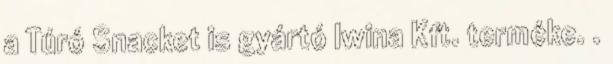
a Túró Snacket is gyártó Iwina Kft. terméke. .